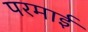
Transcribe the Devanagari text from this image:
परमाई